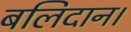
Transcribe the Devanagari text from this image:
बलिदान।